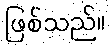
ဖြစ်သည်။